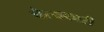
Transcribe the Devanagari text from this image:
चैत्यकारी